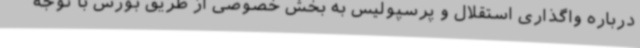
درباره واگذاری استقلال و پرسپولیس به بخش خصوصی از طریق بورس با توجه